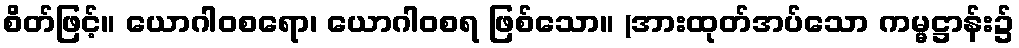
စိတ်ဖြင့်။ ယောဂါဝစရော၊ ယောဂါဝစရ ဖြစ်သော။ (အားထုတ်အပ်သော ကမ္မဋ္ဌာန်း၌